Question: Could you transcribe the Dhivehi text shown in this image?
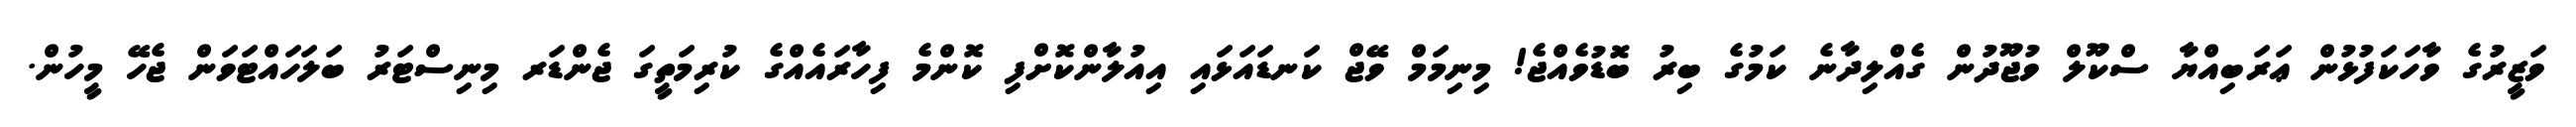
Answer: ވަޒީރުގެ ވާހަކަފުޅުން ޢަރަބިއްޔާ ސްކޫލް ވުޖޫދުން ގެއްލިދާނެ ކަމުގެ ބިރު ބޮޑުވެއްޖެ! މިނިމަމް ވޭޖް ކަނޑައަޅައި އިއުލާންކޮށްފި ކޮންމެ ފިހާރައެއްގެ ކުރިމަތީގަ ޖެންޑަރ މިނިސްޓަރު ބަލަހައްޓަވަން ޖެހޭ މީހުން.